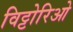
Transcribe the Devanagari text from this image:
विट्टोरिओ